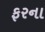
ફરના